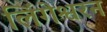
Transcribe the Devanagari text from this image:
लिंगेश्वरन